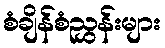
စံချိန်စံညွှန်းများ